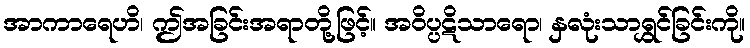
အာကာရေဟိ၊ ဤအခြင်းအရာတို့ဖြင့်။ အဝိပ္ပဋိသာရော၊ နှလုံးသာရွှင်ခြင်းကို။